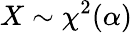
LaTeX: X\sim\chi^{2}(\alpha)